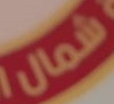
شمال